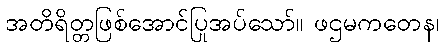
အတိရိတ္တဖြစ်အောင်ပြုအပ်သော်။ ဖဌမကတေန၊